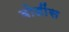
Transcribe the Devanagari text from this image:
बोडींस